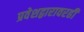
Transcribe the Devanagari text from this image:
प्रवेशद्वारावरही